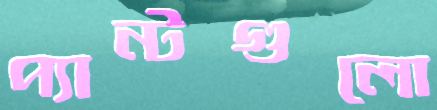
প্যান্টগুলো